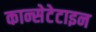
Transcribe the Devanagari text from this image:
कान्सेटेटाइन